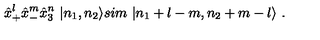
{ \hat { x } } _ { + } ^ { l } { \hat { x } } _ { - } ^ { m } { \hat { x } } _ { 3 } ^ { n } \ | n _ { 1 } , n _ { 2 } \rangle s i m \ | n _ { 1 } + l - m , n _ { 2 } + m - l \rangle \ .